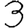
Digit: 3